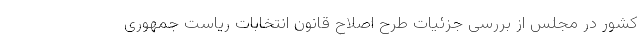
کشور در مجلس از بررسی جزئیات طرح اصلاح قانون انتخابات ریاست جمهوری